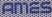
AMES